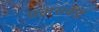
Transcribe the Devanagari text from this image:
प्रवासकेंद्र